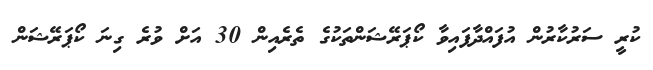
ކުރީ ސަރުކާރުން އުފައްދާފައިވާ ކޯޕަރޭޝަންތަކުގެ ތެރެއިން 30 އަށް ވުރެ ގިނަ ކޯޕަރޭޝަން